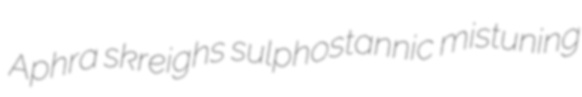
Aphra skreighs sulphostannic mistuning